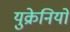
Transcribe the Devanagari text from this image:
युक्रेनियों